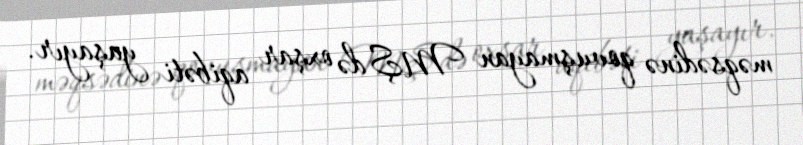
məqsədinə qovuşmayan MŞ də oxşar aqibəti yaşayır.